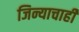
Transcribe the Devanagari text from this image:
जिन्याचाही